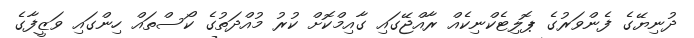
ދުނިޔޭގެ ފެންވަރުގެ ޕޮލިޓެކްނިކެއް ރާއްޖޭގައި ގާއިމްކޮށް ކުރު މުއްދަތުގެ ކޯސްތައް ހިންގައި ވަޒީފާގެ